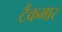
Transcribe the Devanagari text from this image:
टैंकमार